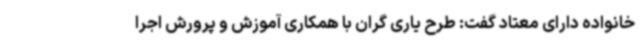
خانواده دارای معتاد گفت: طرح یاری گران با همکاری آموزش و پرورش اجرا